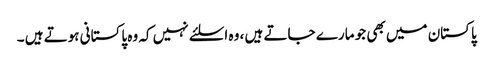
پاکستان میں بھی جو مارے جاتے ہیں ، وہ اسلئے نہیں کہ وہ پاکستانی ہوتے ہیں ۔